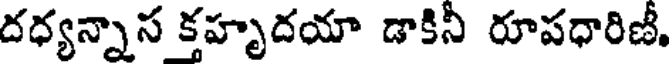
దధ్యన్నాస క్తహృదయా డాకినీ రూపధారిణీ.